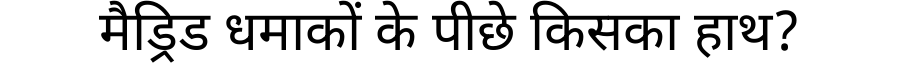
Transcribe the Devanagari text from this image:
मैड्रिड धमाकों के पीछे किसका हाथ?